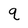
Character: q